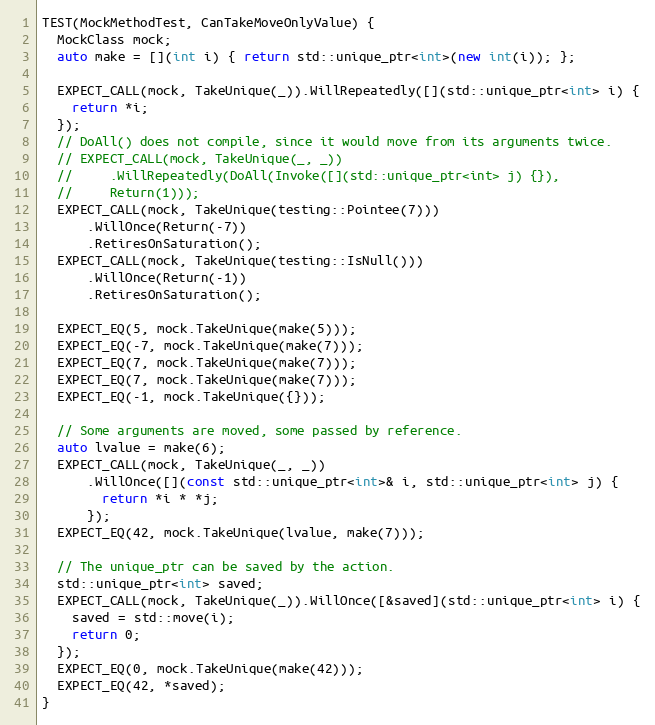
Language: C++
TEST(MockMethodTest, CanTakeMoveOnlyValue) {
  MockClass mock;
  auto make = [](int i) { return std::unique_ptr<int>(new int(i)); };

  EXPECT_CALL(mock, TakeUnique(_)).WillRepeatedly([](std::unique_ptr<int> i) {
    return *i;
  });
  // DoAll() does not compile, since it would move from its arguments twice.
  // EXPECT_CALL(mock, TakeUnique(_, _))
  //     .WillRepeatedly(DoAll(Invoke([](std::unique_ptr<int> j) {}),
  //     Return(1)));
  EXPECT_CALL(mock, TakeUnique(testing::Pointee(7)))
      .WillOnce(Return(-7))
      .RetiresOnSaturation();
  EXPECT_CALL(mock, TakeUnique(testing::IsNull()))
      .WillOnce(Return(-1))
      .RetiresOnSaturation();

  EXPECT_EQ(5, mock.TakeUnique(make(5)));
  EXPECT_EQ(-7, mock.TakeUnique(make(7)));
  EXPECT_EQ(7, mock.TakeUnique(make(7)));
  EXPECT_EQ(7, mock.TakeUnique(make(7)));
  EXPECT_EQ(-1, mock.TakeUnique({}));

  // Some arguments are moved, some passed by reference.
  auto lvalue = make(6);
  EXPECT_CALL(mock, TakeUnique(_, _))
      .WillOnce([](const std::unique_ptr<int>& i, std::unique_ptr<int> j) {
        return *i * *j;
      });
  EXPECT_EQ(42, mock.TakeUnique(lvalue, make(7)));

  // The unique_ptr can be saved by the action.
  std::unique_ptr<int> saved;
  EXPECT_CALL(mock, TakeUnique(_)).WillOnce([&saved](std::unique_ptr<int> i) {
    saved = std::move(i);
    return 0;
  });
  EXPECT_EQ(0, mock.TakeUnique(make(42)));
  EXPECT_EQ(42, *saved);
}